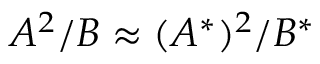
A ^ { 2 } / B \approx ( A ^ { * } ) ^ { 2 } / B ^ { * }